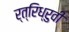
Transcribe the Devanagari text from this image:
र्त्रिध्रुवी